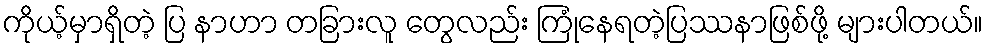
ကိုယ့်မှာရှိတဲ့ ပြ နာဟာ တခြားလူ တွေလည်း ကြုံနေရတဲ့ပြဿနာဖြစ်ဖို့ များပါတယ်။